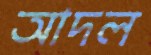
আদল